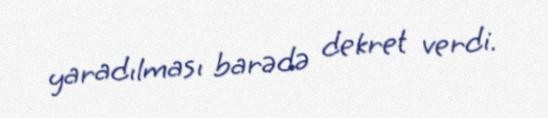
yaradılması barədə dekret verdi.